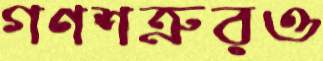
গণশত্রুরও